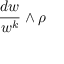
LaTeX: { \frac { d w } { w ^ { k } } } \wedge \rho